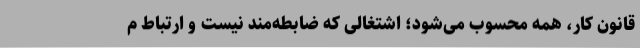
قانون کار، همه محسوب می‌شود؛ اشتغالی که ضابطه‌مند نیست و ارتباط م